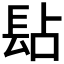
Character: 𨱬